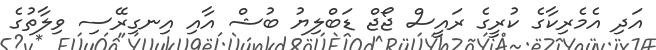
އަދި އެމެރިކާގެ ކުރީގެ ރައީސް ޖޯޖް ޑަބްލިޔު ބުޝް އާއި އިނގިރޭސި ވިލާތުގެ